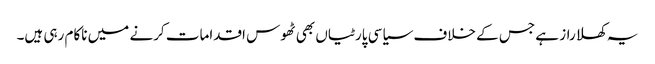
یہ کھلا راز ہے جس کے خلاف سیاسی پارٹیاں بھی ٹھوس اقدامات کرنے میں ناکام رہی ہیں۔